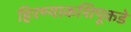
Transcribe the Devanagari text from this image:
हिरण्याकशिपूकडे